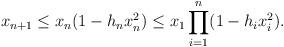
LaTeX: \begin{align*}x_{n+1}\le x_n(1-h_nx_n^2)\le x_1\prod_{i=1}^n(1-h_ix_i^2).\end{align*}